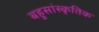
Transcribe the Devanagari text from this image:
बहुसांस्‍कृतिक